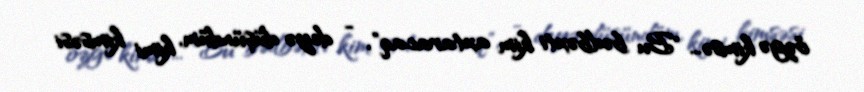
özgə kimsə... "Bu bədbəxti kim axtaracaq", - deyə düşündüm, kimi kimsəsi